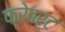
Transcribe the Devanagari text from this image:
फ्रेवर्ट